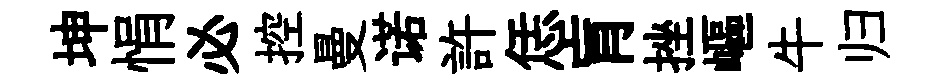
坤悁必控曼诺許恁肓挫嶇牛归